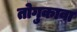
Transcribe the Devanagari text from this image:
तोगुकावा